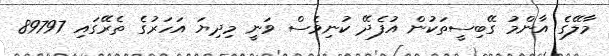
މާލޭގެ އާންމު ގޭބިސީތަކުން އުފެދޭ ކުނިވެސް ވަނީ މިދިޔަ އަހަރުގެ ތެރޭގައި 89797